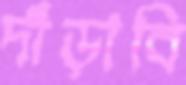
দাঁড়াবি